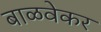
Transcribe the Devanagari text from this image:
बाळवेकर